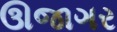
ઊજાગર